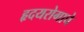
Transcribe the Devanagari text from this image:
हृदयरोगाचे